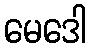
မေဒေါ